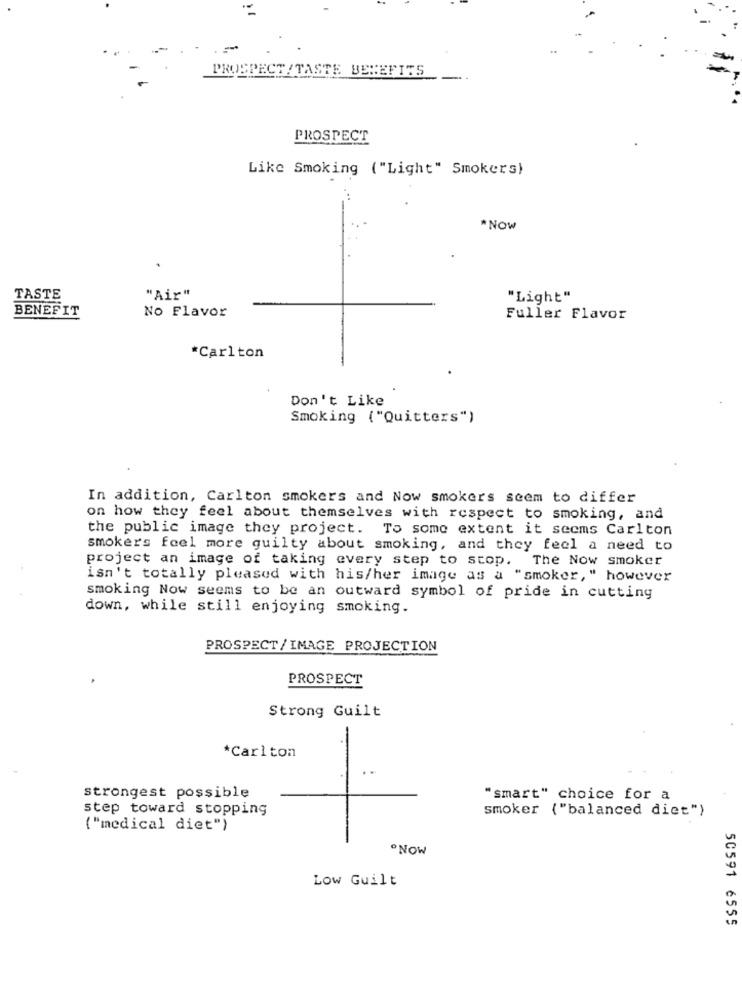
PROSPECT / TASTE BENEFITS
PROSPECT
Like Smoking ( "Light" Smokers)
*NOW
TASTE
"Air"
"Light"
BENEFIT
No Flavor
Fuller Flavor
*Carlton
Don't Like
Smoking ("Quitters")
In addition, Carlton smokers and Now smokers seem to differ
on how they feel about themselves with respect to smoking, and
the public image they project. To some extent it seems Carlton
smokers feel more guilty about smoking, and they feel a need to
project an image of taking every step to stop. The Now smoker
isn't totally pleased with his/her image as a "smoker, " however
smoking Now seems to be an outward symbol of pride in cutting
down, while still enjoying smoking.
PROSPECT/IMAGE PROJECTION
PROSPECT
Strong Guilt
*Carlton
strongest possible
"smart" choice for a
step toward stopping
smoker ( "balanced diet")
( "medical diet")
.NOW
Low Guilt
50591 6555